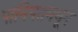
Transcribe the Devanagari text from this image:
पानिपतमधून